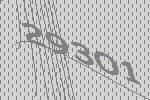
29301